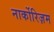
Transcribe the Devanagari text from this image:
नार्कोरिज़म